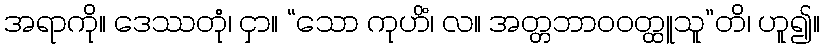
အရာကို။ ဒေဿတုံ၊ ငှာ။ “သော ကုဟိံ၊ လ။ အတ္တဘာဝဝတ္ထူသူ”တိ၊ ဟူ၍။